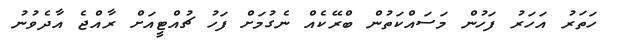
ހަތަރު އަހަރު ފަހުން މަސައްކަތުން ބްރޭކެއް ނެގުމަށް ފަހު ޗުއްޓީއަށް ރާއްޖެ އާދެވުނު